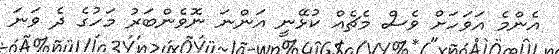
އެންމެ އަވަހަށް ވެސް މެޗެއް ކުޅޭނީ އަންނަ ނޮވެންބަރު މަހުގެ ދެ ވަނަ